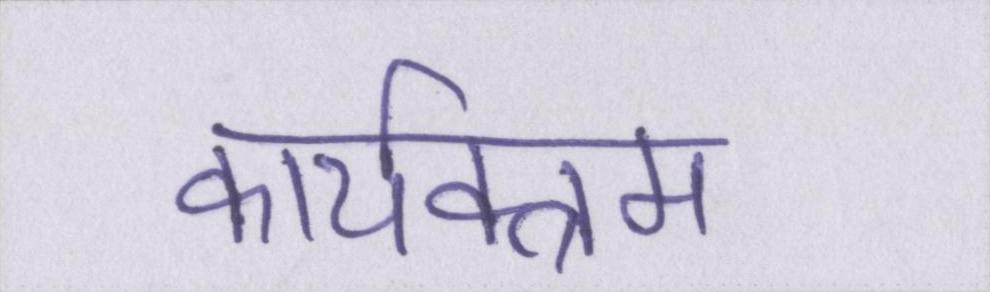
कार्यक्त्रम